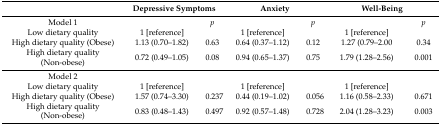
|  | <COLSPAN=2> Depressive Symptoms | <COLSPAN=2> Anxiety | <COLSPAN=2> Well-Being |
 | --- | --- | --- | --- | --- | --- | --- |
 | Model 1 |  | p |  | p |  | p |
 | Low dietary quality | 1 [reference] |  | 1 [reference] |  | 1 [reference] |  |
 | High dietary quality (Obese) | 1.13 (0.70–1.82) | 0.63 | 0.64 (0.37–1.12) | 0.12 | 1.27 (0.79–2.00 | 0.34 |
 | High dietary quality (Non-obese) | 0.72 (0.49–1.05) | 0.08 | 0.94 (0.65–1.37) | 0.75 | 1.79 (1.28–2.56) | 0.001 |
 | Model 2 |  |  |  |  |  |  |
 | Low dietary quality | 1 [reference] |  | 1 [reference] |  | 1 [reference] |  |
 | High dietary quality (Obese) | 1.57 (0.74–3.30) | 0.237 | 0.44 (0.19–1.02) | 0.056 | 1.16 (0.58–2.33) | 0.671 |
 | High dietary quality (Non-obese) | 0.83 (0.48–1.43) | 0.497 | 0.92 (0.57–1.48) | 0.728 | 2.04 (1.28–3.23) | 0.003 |